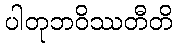
ပါတုဘဝိဿတီတိ